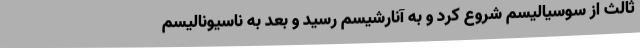
ثالث از سوسیالیسم شروع کرد و به آنارشیسم رسید و بعد به ناسیونالیسم